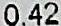
0.42